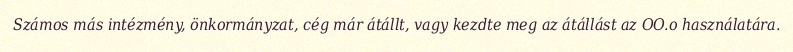
Számos más intézmény, önkormányzat, cég már átállt, vagy kezdte meg az átállást az OO.o használatára.